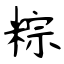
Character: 粽